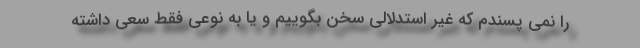
را نمی پسندم که غیر استدلالی سخن بگوییم و یا به نوعی فقط سعی داشته